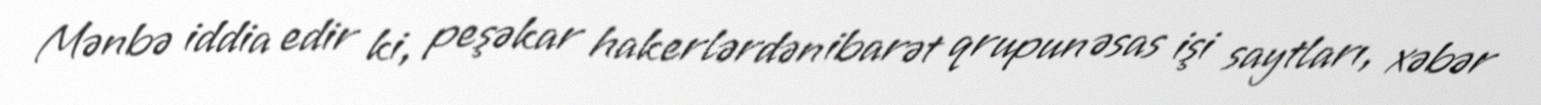
Mənbə iddia edir ki, peşəkar hakerlərdən ibarət qrupun əsas işi saytları, xəbər